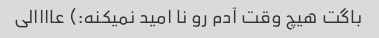
باگت هیچ وقت آدم رو نا امید نمیکنه:) عاااالی